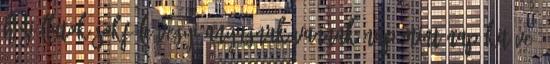
háziállatok sokféle vegyi anyagnak vannak nap mint nap kitéve.